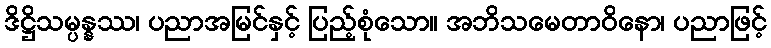
ဒိဋ္ဌိသမ္ပန္နဿ၊ ပညာအမြင်နှင့် ပြည့်စုံသော။ အဘိသမေတာဝိနော၊ ပညာဖြင့်